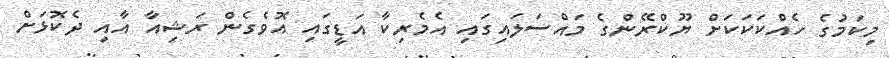
މިކަމުގެ ހެއްކަކަކަށް ޔޫކްރޭންގެ މައްސަލައިގައި އެމެރިކާ އަޑީގައި އޮވެގެން ރަޝިއާ އާއި ދެކޮޅަށް